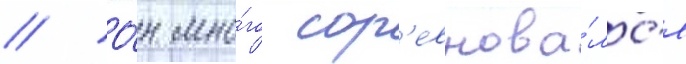
// О́н мно́го сор'евнова́лс'я